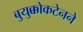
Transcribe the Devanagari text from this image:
बुयुक्कोकटेनने